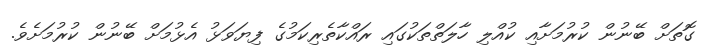
ގޮތަށް ބޭނުން ކުރުމަށާއި ކުއްލި ހާލަތްތަކުގައި ރައްކާތެރިކަމުގެ ފިޔަވަޅު އެޅުމަށް ބޭނުން ކުރުމަށެވެ.